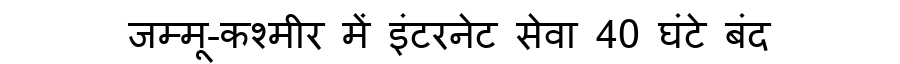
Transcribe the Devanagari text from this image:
जम्मू-कश्मीर में इंटरनेट सेवा 40 घंटे बंद